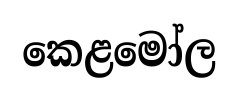
කෙළමෝල